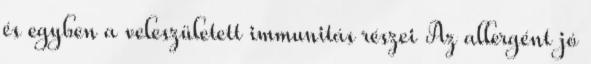
és egyben a veleszületett immunitás részei Az allergént jó